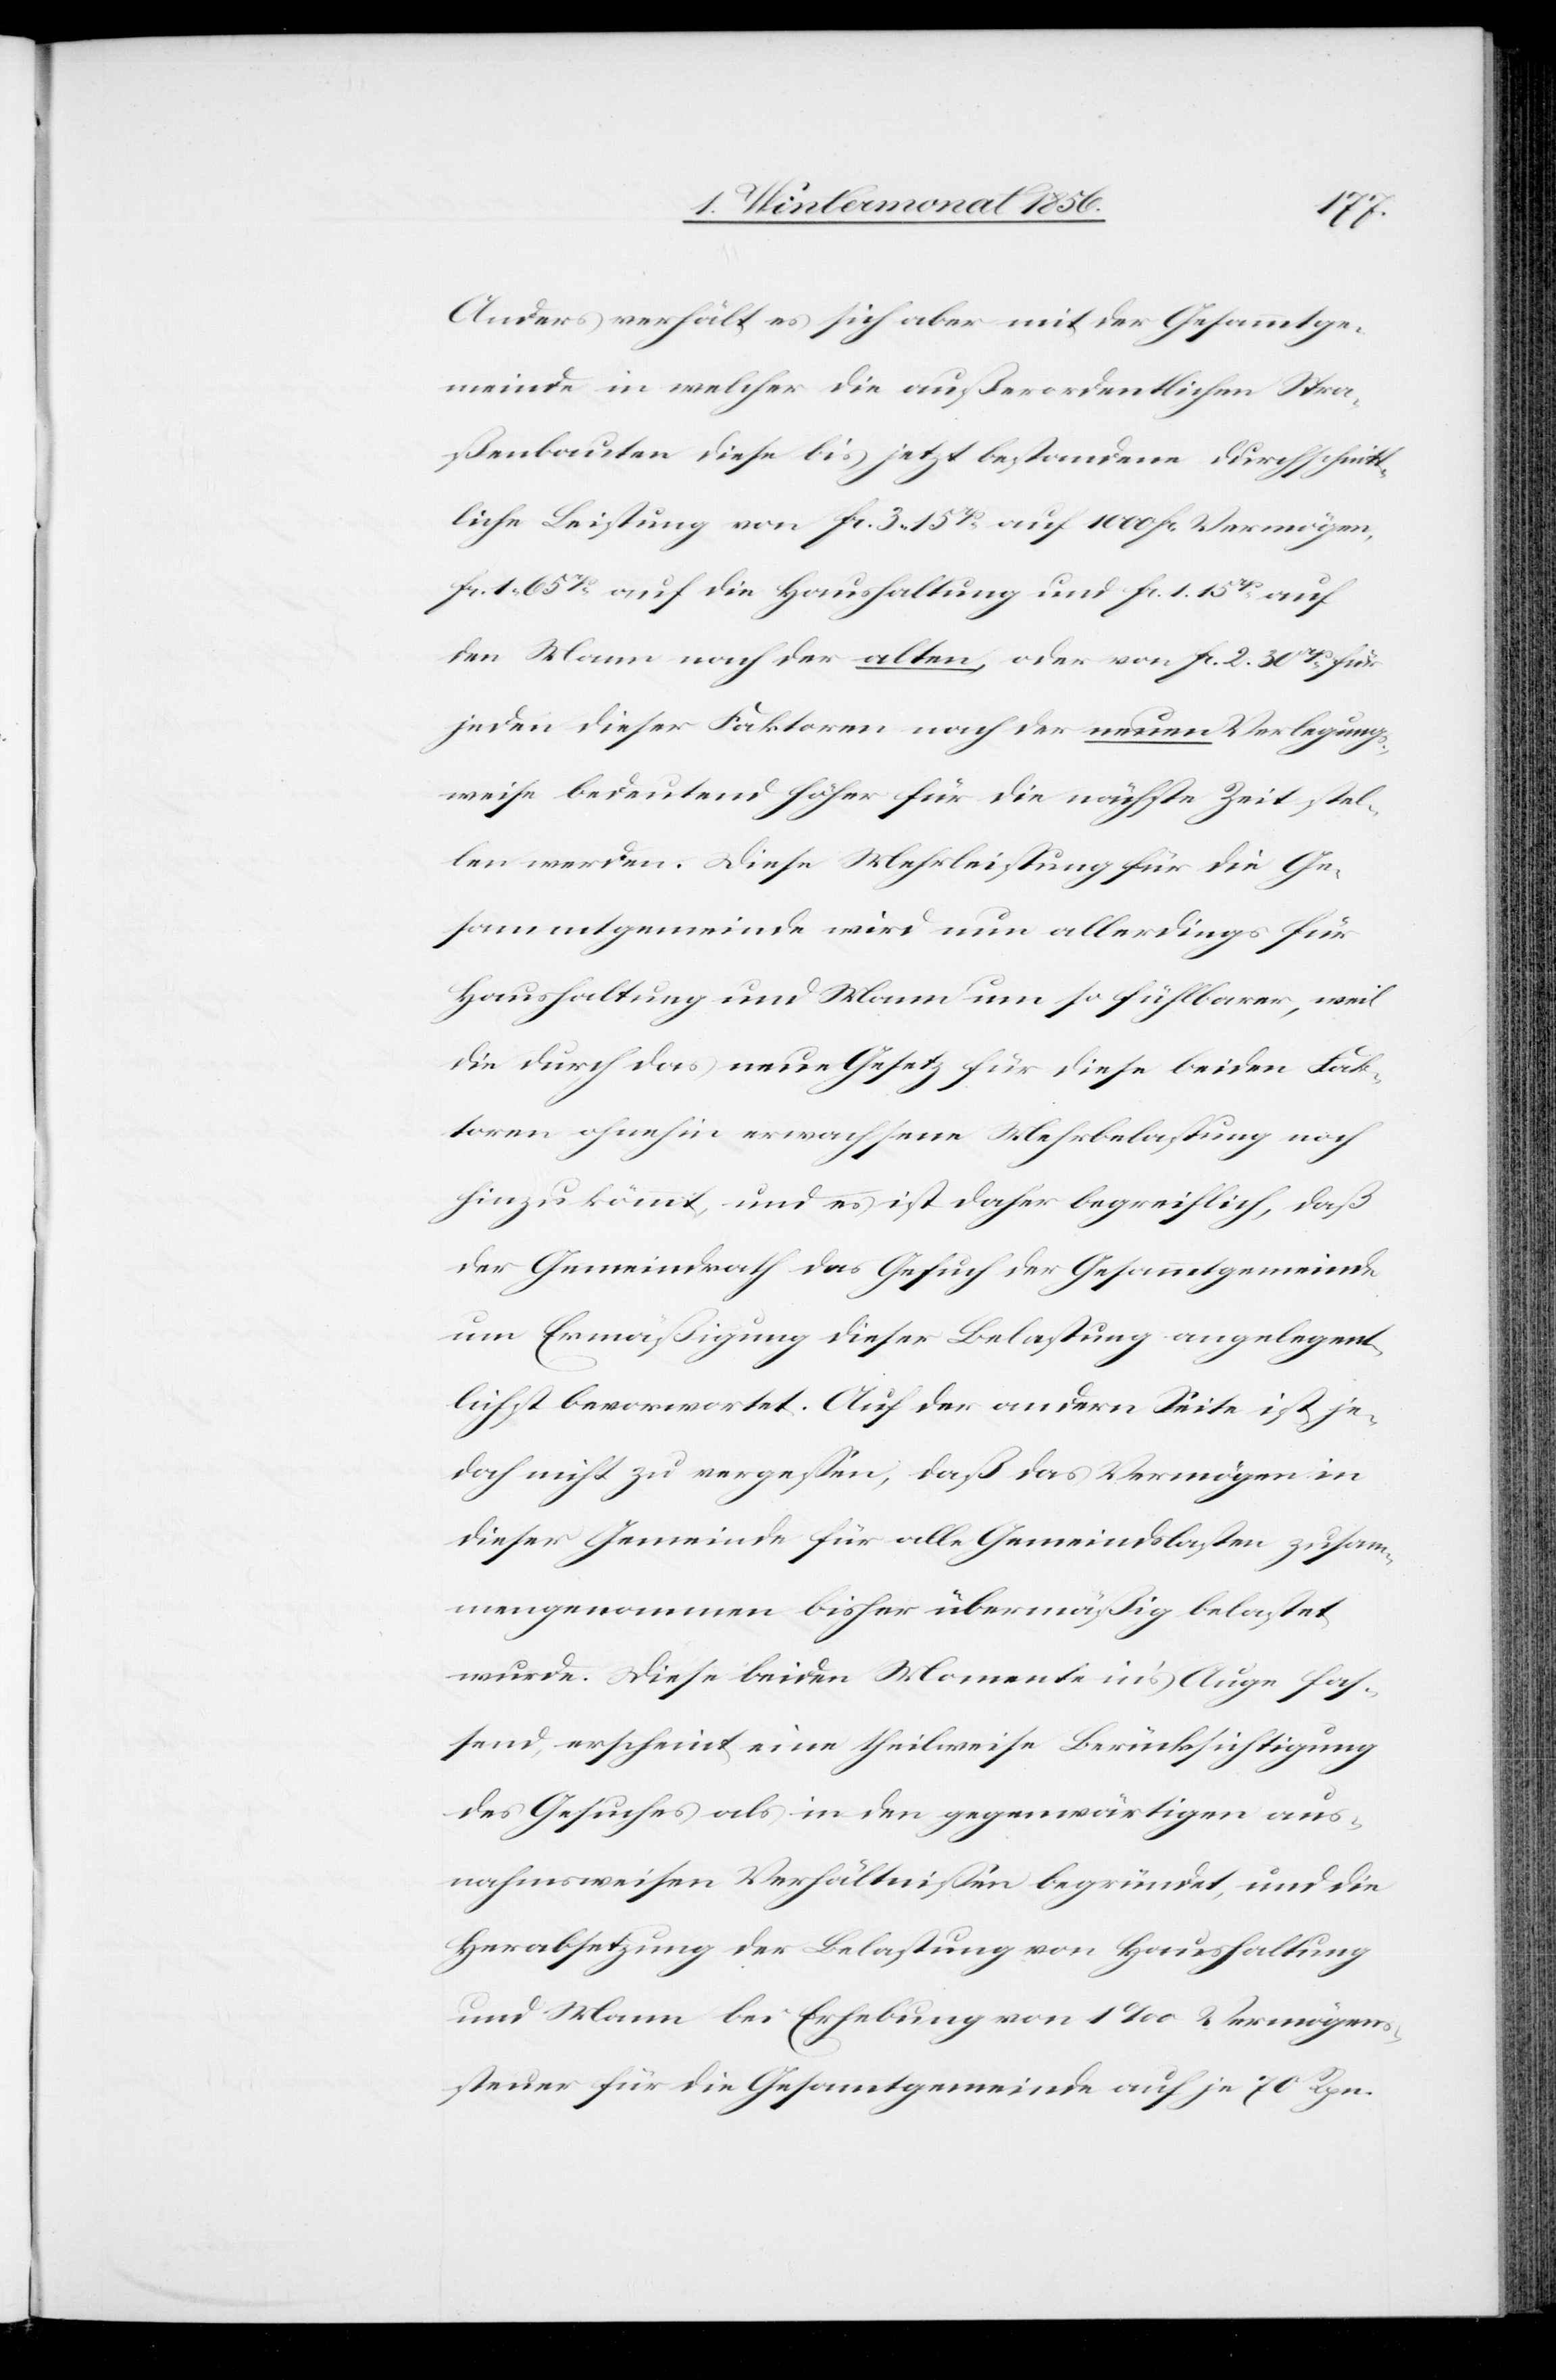
Anders verhält es sich aber mit der Gesammtge¬
meinde in welcher die außerordentlichen Stra¬
ßenbauten diese bis jetzt bestandene durchschnitt¬
liche Leistung von fc. 3. 15rp auf 1000 fc. Vermögen
fc. 1. 65rp auf die Haushaltung und fc. 1. 15rp auf
den Mann nach der alten, oder von fc. 2. 30rp für
jeden dieser Faktoren nach der neuen Verlegung¬
sweise bedeutend höher für die nächste Zeit stel¬
len werden. Diese Mehrleistung für die Ge¬
sammtgemeinde wird nun allerdings für
Haushaltung und Mann um so fühlbarer, weil
die durch das neue Gesetz für diese beiden Fak¬
toren ohnehin erwachsene Mehrbelastung noch
hinzu kömmt, und es ist daher begreiflich, daß
der Gemeindrath das Gesuch der Gesammtgemeinde
um Ermäßigung dieser Belastung angelegent¬
lich bevorwortet. Auf der andern Seite ist je¬
doch nicht zu vergessen, daß das Vermögen in
dieser Gemeinde für alle Gemeindslasten zusam¬
mengenommen bisher übermäßig belastet
wurde. Diese beiden Momente in's Auge fas¬
send, erscheint eine theilweise Berücksichtigung
des Gesuches als in den gegenwärtigen aus¬
nahmsweisen Verhältnissen begründet, und die
Herabsetzung der Belastung von Haushaltung
und Mann bei Erhebung von 1‰ Vermögens¬
steuer für die Gesammtgemeinde auf je 70 Rpn.